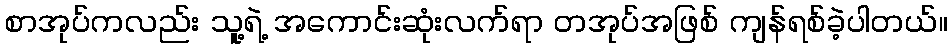
စာအုပ်ကလည်း သူ့ရဲ့ အကောင်းဆုံးလက်ရာ တအုပ်အဖြစ် ကျန်ရစ်ခဲ့ပါတယ်။